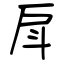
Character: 戽